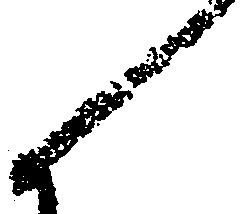
候